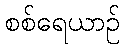
စစ်ရေယာဉ်